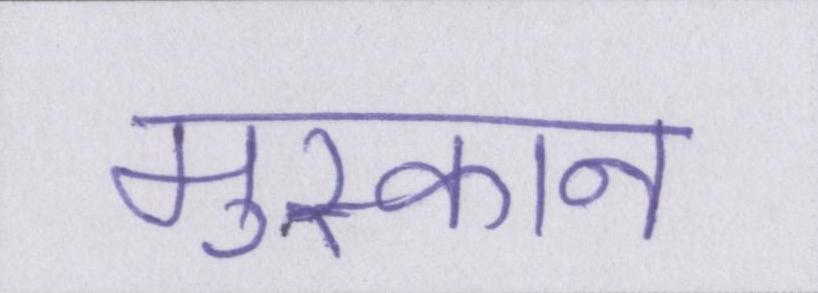
मुस्कान